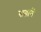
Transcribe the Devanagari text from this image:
सतानें